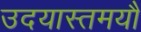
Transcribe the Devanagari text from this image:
उदयास्तमयौ